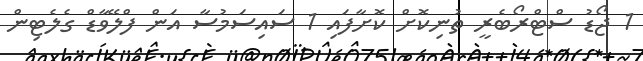
1 ޖޯޑު ސްޓްރޯބެރީ ތުނިކޮށް ކޮށާފައި 1 ސައިސަމުސާ އަން ފްލޭވާޑް ގެލެޓިން